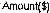
AMOUNT($)